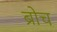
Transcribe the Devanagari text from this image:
ब्रोच